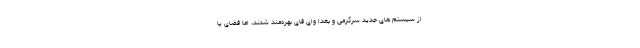
از سیستم های جدید سرگرمی و بعدا وای فای بهره‌مند شدند، اما فضای پا